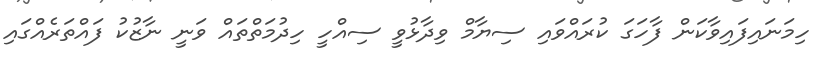
ހިމަނައިފައިވާކަން ފާހަގަ ކުރައްވައި ސިޔާމް ވިދާޅުވީ ސިއްހީ ހިދުމަތްތައް ވަނީ ނާޒުކު ފައްތަރެއްގައި